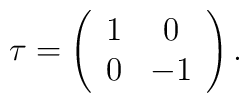
\tau=\left(\begin{array}{cc}1 & 0\\0& -1\end{array}\right).